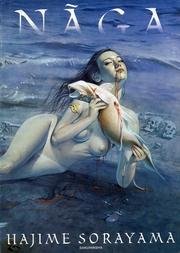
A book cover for Naga; Hajime Sorayama; Arts & Photography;